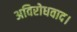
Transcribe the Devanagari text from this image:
अविरोधवाद।